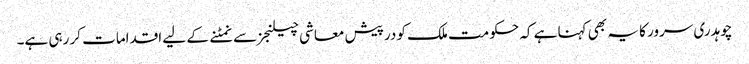
چوہدری سرور کا یہ بھی کہنا ہے کہ حکومت ملک کو درپیش معاشی چیلنجز سے نمٹنے کے لیے اقدامات کر رہی ہے۔